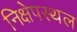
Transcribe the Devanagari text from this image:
निक्षेपस्थल